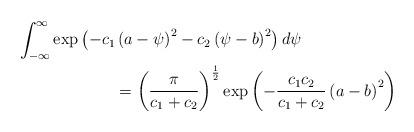
LaTeX: \begin{align*} &\int_{-\infty}^{\infty}\exp\left(-c_1\left(a-\psi\right)^2-c_2\left(\psi-b\right)^2\right)d\psi \\ &\quad\quad\quad\quad\quad\quad= \left(\frac{\pi}{c_1+c_2}\right)^{\frac{1}{2}}\exp\left(-\frac{c_1 c_2}{c_1 +c_2}\left(a-b\right)^2\right) \end{align*}